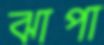
ঝাপা